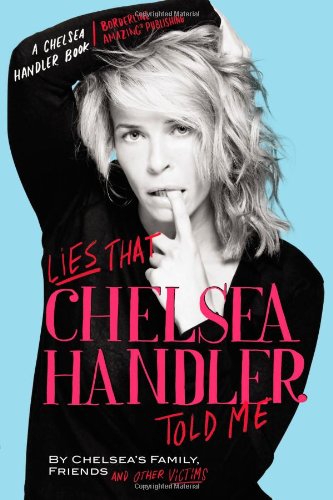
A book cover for Lies that Chelsea Handler Told Me; Chelsea's Family, Friends and Other Victims; Humor & Entertainment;